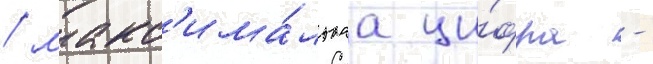
/ макс'има́льнаа ци́фра -